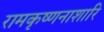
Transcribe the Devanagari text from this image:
रामकृष्णनाशारि